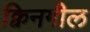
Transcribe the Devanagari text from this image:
क्विनगील